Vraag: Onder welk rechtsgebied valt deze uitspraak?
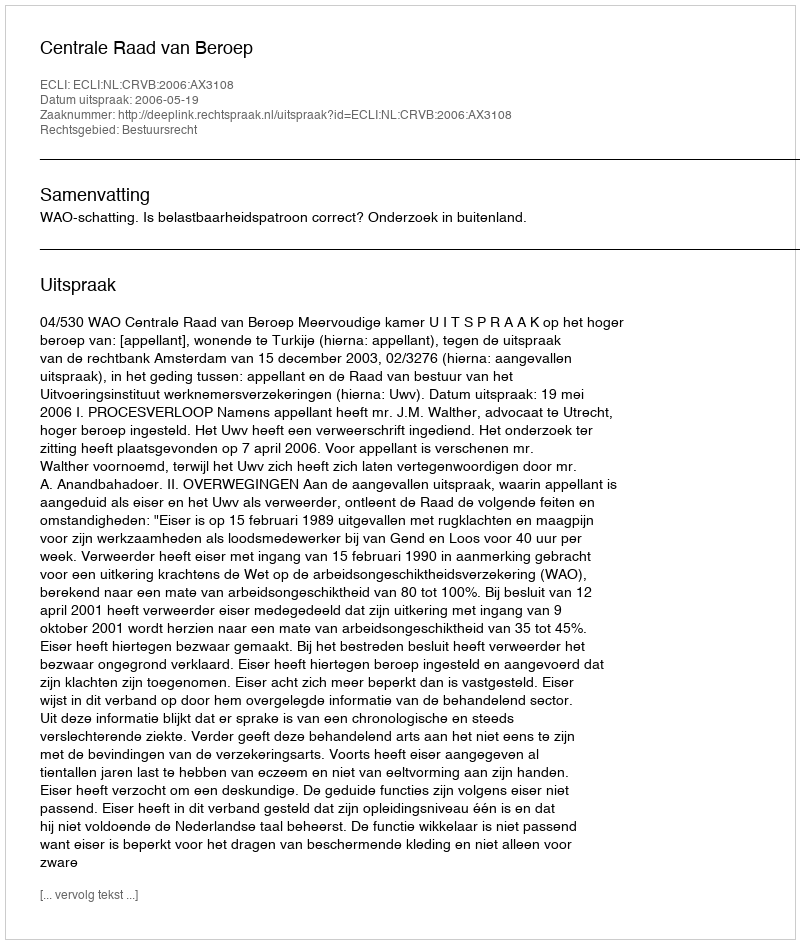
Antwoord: Bestuursrecht